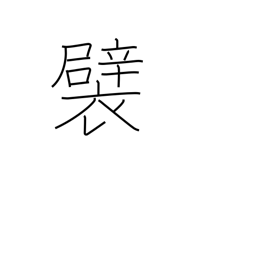
Meaning: tuck